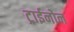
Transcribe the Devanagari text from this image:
ट्राईनोन